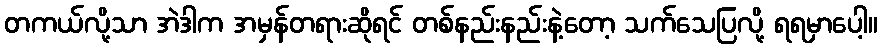
တကယ်လို့သာ အဲဒါက အမှန်တရားဆိုရင် တစ်နည်းနည်းနဲ့တော့ သက်သေပြလို့ ရရမှာပေါ့။